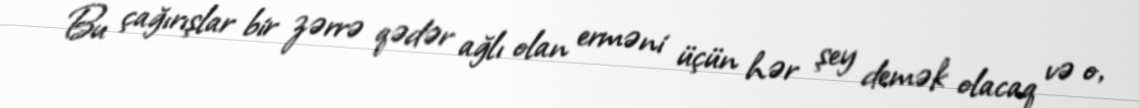
Bu çağırışlar bir zərrə qədər ağlı olan erməni üçün hər şey demək olacaq və o,